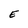
Character: E